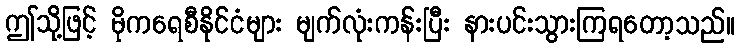
ဤသို့ဖြင့် မိုကရေစီနိုင်ငံများ မျက်လုံးကန်းပြီး နားပင်းသွားကြရတော့သည်။